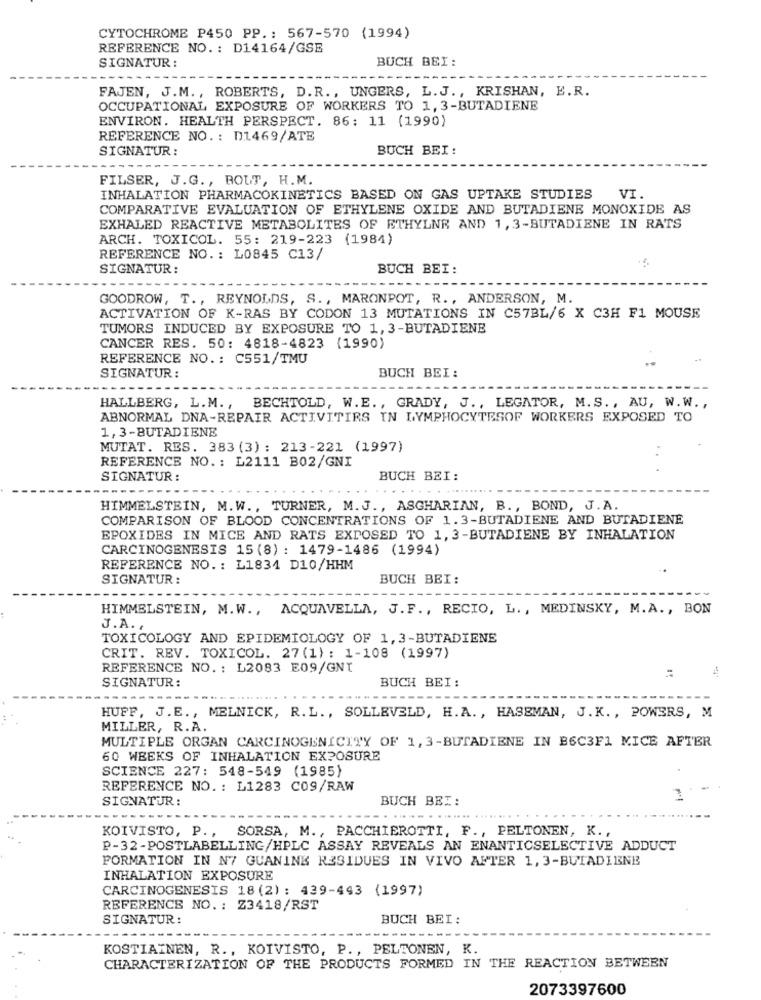
CYTOCHROME P450 PP .: 567-570 (1994)
REFERENCE NO. : D14164/GSE
SIGNATUR :
BUCH BEI :
FAJEN, J.M. , ROBERTS, D.R ., UNGERS, L. J ., KRISHAN, E.R.
OCCUPATIONAL EXPOSURE OF WORKERS TO 1, 3-BUTADIENE
ENVIRON. HEALTH PERSPECT. 86: 11 (1990)
REFERENCE NO. : D1469/ATE
SIGNATUR :
BUCH BEI:
FILSER, J.G ., BOUT, H.M.
INHALATION PHARMACOKINETICS BASED ON GAS UPTAKE STUDIES
VI.
COMPARATIVE EVALUATION OF ETHYLENE OXIDE AND BUTADIENE MONOXIDE AS
EXHALED REACTIVE METABOLITES OF ETHYLNE AND 1, 3-BUTADIENE IN RATS
ARCH. TOXICOL. 55: 219-223 (1984)
REFERENCE NO. : L0845 C13/
SIGNATUR :
BUCH BEI:
GOODROW, T ., REYNOLDS, S ., MARONPOT, R ., ANDERSON, M.
ACTIVATION OF K-RAS BY CODON 13 MUTATIONS IN C57BL/6 X C3H F1 MOUSE
TUMORS INDUCED BY EXPOSURE TO 1, 3-BUTADIENE
CANCER RES. 50: 4818-4823 (1990)
REFERENCE NO. : C551/TMU
SIGNATUR :
BUCH BEI:
HALLBERG, L.M ., BECHTOLD, W.E ., GRADY, J ., LEGATOR, M.S ., AU, W.W .,
ABNORMAL DNA-REPAIR ACTIVITIES IN LYMPHOCYTESOF WORKERS EXPOSED TO
1, 3-BUTADIENE
MUTAT. RES. 383 (3) : 213-221 (1997)
REFERENCE NO .: L2111 B02/GNI
SIGNATUR :
BUCH BEI:
HIMMELSTEIN, M.W ., TURNER, M. J ., ASGHARIAN, B ., BOND, J. A.
COMPARISON OF BLOOD CONCENTRATIONS OF 1.3-BUTADIENE AND BUTADIENE
EPOXIDES IN MICE AND RATS EXPOSED TO 1, 3-BUTADIENE BY INHALATION
CARCINOGENESIS 15 (8) : 1479-1486 (1994)
REFERENCE NO. : L1834 D10/HHM
SIGNATUR :
BUCH BEI:
HIMMELSTEIN, M.W ., ACQUAVELLA, J. F ., RECIO, L ., MEDINSKY, M.A ., BON
J. A .,
TOXICOLOGY AND EPIDEMIOLOGY OF 1,3-BUTADIENE
CRIT. REV. TOXICOL. 27(1): 1-108 (1997)
REFERENCE NO .: L2083 E09/GNT
4
SIGNATUR:
BUCH BEI:
HUFF, J.E ., MELNICK, R.L ., SOLLEVELD, H.A. , HASEMAN, J. K. , POWERS, M
MILLER, R.A.
MULTIPLE ORGAN CARCINOGENICITY OF 1, 3-BUTADIENE IN B6C3F1 MICE AFTER
60 WEEKS OF INHALATION EXPOSURE
SCIENCE 227: 548-549 (1985)
REFERENCE NO. : L1283 C09/RAW
SIGNATUR:
BUCH BEI:
KOIVISTO, P ., SORSA, M ., PACCHIEROTTI, F ., PELTONEN, K .,
P-32-POSTLABELLING/HPLC ASSAY REVEALS AN ENANTICSELECTIVE ADDUCT
FORMATION IN N7 GUANINE RESIDUES IN VIVO AFTER 1, 3-BUTADIENE
INHALATION EXPOSURE
CARCINOGENESIS 18 (2) : 439-443 (1997)
REFERENCE NO. : Z3418/RST
SIGNATUR:
BUCH BEI:
KOSTIAINEN, R ., KOIVISTO, P ., PELTONEN, K.
CHARACTERIZATION OF THE PRODUCTS FORMED IN THE REACTION BETWEEN
2073397600